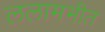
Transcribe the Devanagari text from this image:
ललामभीत